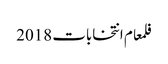
فلمعام انتخابات 2018